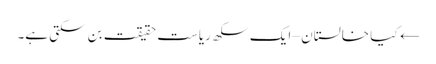
← کیا خالستان – ایک سکھ ریاست حقیقت بن سکتی ہے۔